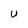
Character: U